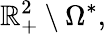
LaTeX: \mathbb{R}_{+}^{2}\setminus\Omega^{*},